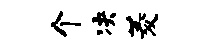
个决菱